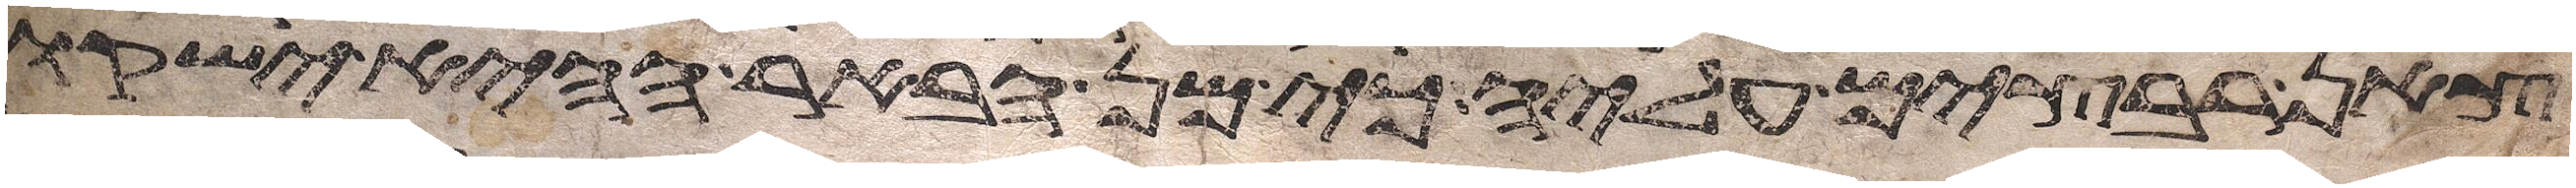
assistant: צאן רבצים עליה כי מן הבאר ההיא ישקו